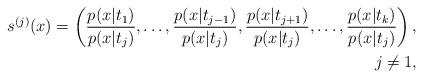
LaTeX: \begin{align*}s^{(j)}(x)=\left ( \frac{p(x|t_1)}{p(x|t_j)},\ldots, \frac{p(x|t_{j-1})}{p(x|t_j)},\frac{p(x|t_{j+1})}{p(x|t_j)}, \ldots, \frac{p(x|t_k)}{p(x|t_j)}\right ), \\ j\neq 1, \end{align*}